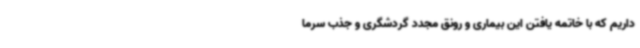
داریم که با خاتمه یافتن این بیماری و رونق مجدد گردشگری و جذب سرما